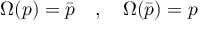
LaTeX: \Omega ( p ) = \bar { p } \quad , \quad \Omega ( \bar { p } ) = p